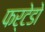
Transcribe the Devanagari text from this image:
फर्टेडो